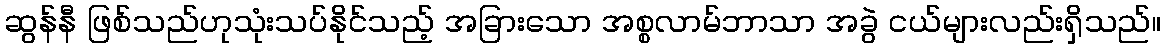
ဆွန်နီ ဖြစ်သည်ဟုသုံးသပ်နိုင်သည့် အခြားသော အစ္စလာမ်ဘာသာ အခွဲ ငယ်များလည်းရှိသည်။